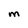
Character: M